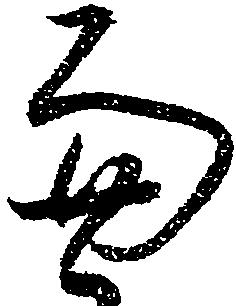
兼